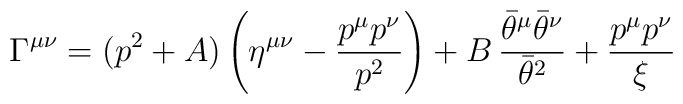
\Gamma^{\mu\nu} = (p^{2} + A) \left(\eta^{\mu\nu} -{p^{\mu}p^{\nu}\over p^{2}}\right) +B\,{\bar{\theta}^{\mu}\bar{\theta}^{\nu}\over \bar{\theta}^{2}} +{p^{\mu}p^{\nu}\over \xi}